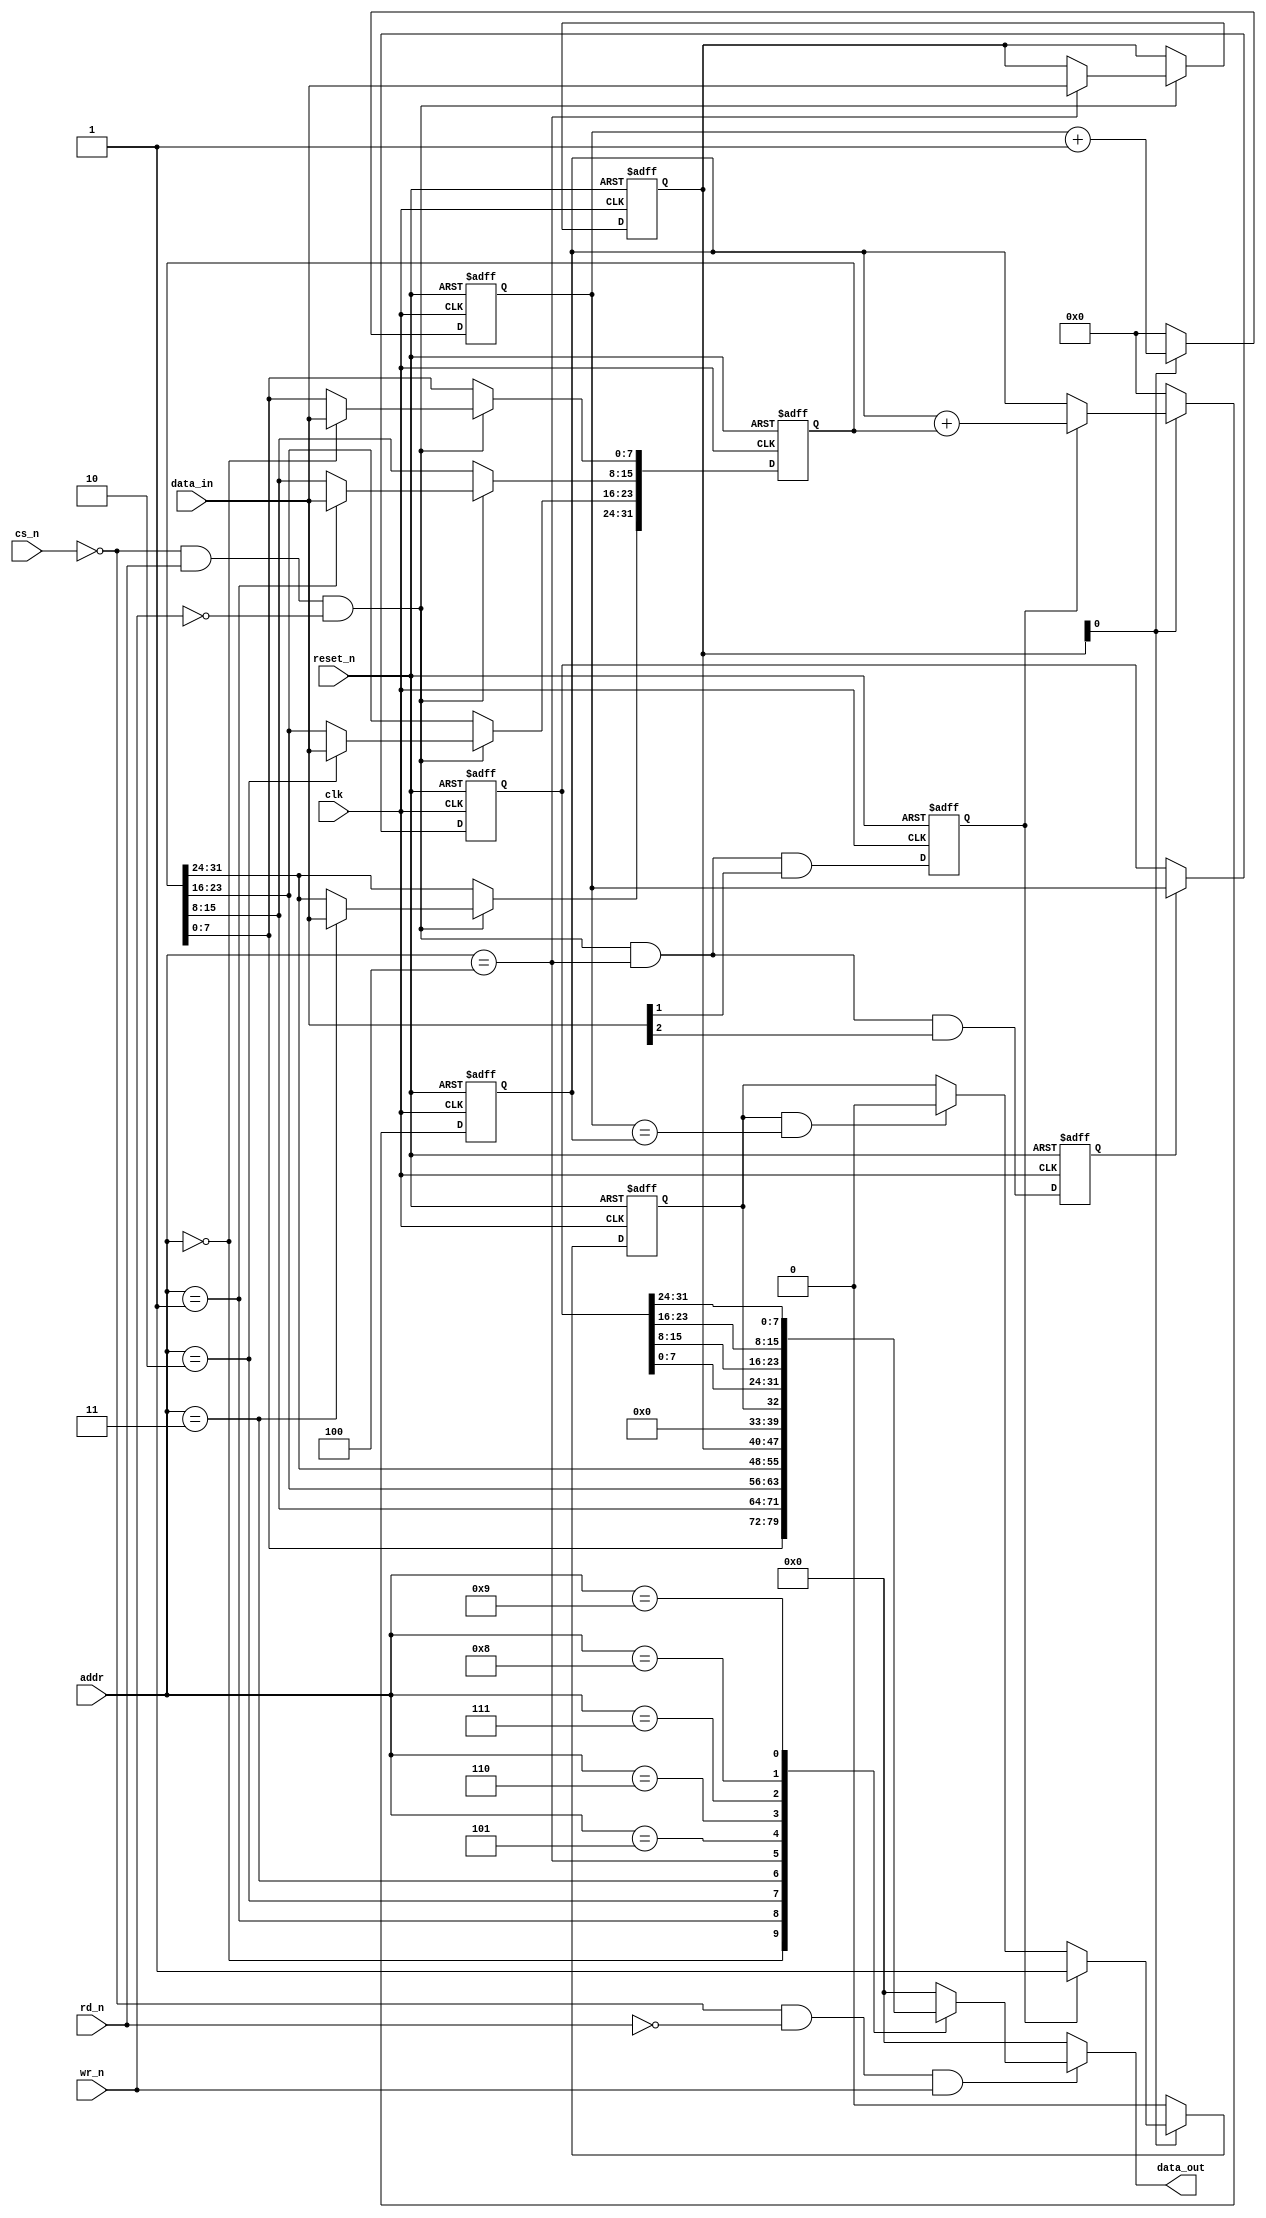
module simpletimer (
    input         clk,
    input         reset_n,
    output  [7:0] data_out,
    input   [7:0] data_in,
    input         cs_n,
    input         rd_n,
    input         wr_n,
    input   [3:0] addr
);

    localparam TIMER_DEL0   = 0;
    localparam TIMER_DEL1   = 1;
    localparam TIMER_DEL2   = 2;
    localparam TIMER_DEL3   = 3;
    localparam TIMER_CFG    = 4;
    localparam TIMER_BUSY   = 5;
    localparam TIMER_NOW0   = 6;
    localparam TIMER_NOW1   = 7;
    localparam TIMER_NOW2   = 8;
    localparam TIMER_NOW3   = 9;

    reg         timer_busy;
    reg   [7:0] timer_cfg;
    reg  [31:0] timer_cnt;
    reg  [31:0] timer_now;
    reg  [31:0] timer_del;
    reg  [31:0] done_time;
    reg         start_pulse;
    reg         now_pulse;

    wire read_sel  = !cs_n & !rd_n &  wr_n;
    wire write_sel = !cs_n &  rd_n & !wr_n;

    always @(posedge clk or negedge reset_n) begin
        if (~reset_n) begin
            timer_cfg <= 8'h0;
            timer_del <= 32'h0;
            start_pulse <= 1'b0;
            now_pulse <= 1'b0;
        end else begin
            if (write_sel) begin
                case (addr)
                   TIMER_DEL0 : timer_del[0*8 +: 8] <= data_in;
                   TIMER_DEL1 : timer_del[1*8 +: 8] <= data_in;
                   TIMER_DEL2 : timer_del[2*8 +: 8] <= data_in;
                   TIMER_DEL3 : timer_del[3*8 +: 8] <= data_in;
                   TIMER_CFG  : timer_cfg <= data_in;
                endcase
            end
            start_pulse <= write_sel && addr==TIMER_CFG && data_in[1];
            now_pulse   <= write_sel && addr==TIMER_CFG && data_in[2];
        end
    end

    wire timer_on = timer_cfg[0];

    reg   [7:0] data_out;
    always@(*) begin
        if (~read_sel)
            data_out <= 8'b0;
        else begin
            case (addr)
                TIMER_DEL0 : data_out <= timer_del[0*8 +: 8];
                TIMER_DEL1 : data_out <= timer_del[1*8 +: 8];
                TIMER_DEL2 : data_out <= timer_del[2*8 +: 8];
                TIMER_DEL3 : data_out <= timer_del[3*8 +: 8];
                TIMER_CFG  : data_out <= timer_cfg;
                TIMER_BUSY : data_out <= {7'b0, timer_busy};
                TIMER_NOW0 : data_out <= timer_now[0*8 +: 8];
                TIMER_NOW1 : data_out <= timer_now[1*8 +: 8];
                TIMER_NOW2 : data_out <= timer_now[2*8 +: 8];
                TIMER_NOW3 : data_out <= timer_now[3*8 +: 8];
                default : data_out <= 8'b0;
            endcase
        end
    end


    always @(posedge clk or negedge reset_n) begin
        if (~reset_n) begin
            timer_cnt  <= 32'h0;
            timer_now  <= 32'h0;
            done_time   <= 32'h0;
            timer_busy <= 1'b0;
        end else begin
            timer_cnt <= timer_on ? timer_cnt + 1 : 32'h0;

            if (now_pulse) timer_now <= timer_cnt;

            if (~timer_on) begin
                timer_busy <= 1'b0;
                done_time <= 'h0;
            end else if (start_pulse) begin
                timer_busy <= 1'b1;
                done_time <= done_time + timer_del;
            end else if (timer_busy && (timer_cnt == done_time) ) begin
                timer_busy <= 1'b0;
            end

        end // else if n
    end // always

endmodule